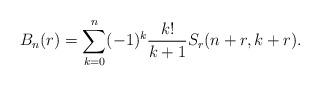
LaTeX: \begin{align*}B_n(r)=\sum_{k=0}^n(-1)^k\frac{k!}{k+1}S_r(n+r,k+r).\end{align*}